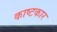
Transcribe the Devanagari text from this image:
काष्टकार